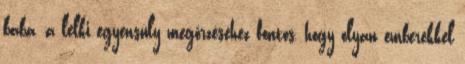
baba, a lelki egyensúly megőrzéséhez fontos, hogy olyan emberekkel